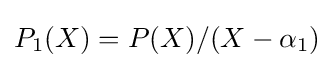
P_{1}(X)=P(X)/(X-\alpha _{1})